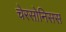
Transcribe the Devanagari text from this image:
चेरसोनिसस